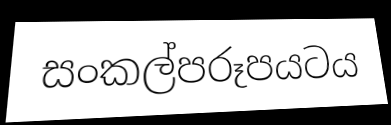
සංකල්පරූපයටය